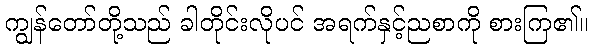
ကျွန်တော်တို့သည် ခါတိုင်းလိုပင် အရက်နှင့်ညစာကို စားကြ၏။